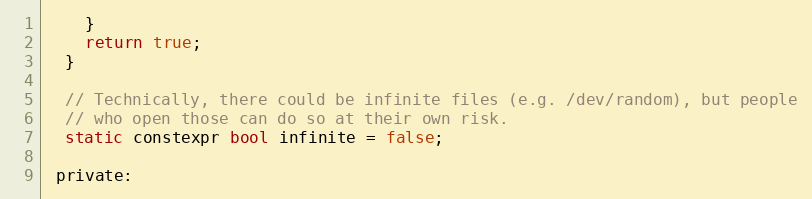
Language: C
    }
    return true;
  }

  // Technically, there could be infinite files (e.g. /dev/random), but people
  // who open those can do so at their own risk.
  static constexpr bool infinite = false;

 private: